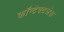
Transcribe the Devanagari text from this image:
कॉन्टैक्टलेस